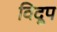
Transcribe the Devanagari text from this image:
विदूप